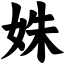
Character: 姝